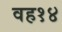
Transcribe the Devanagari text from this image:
वह१४